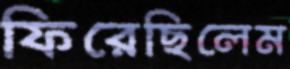
ফিরেছিলেম